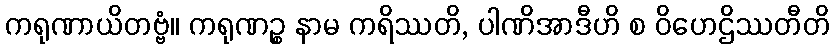
ကရုဏာယိတဗ္ဗံ။ ကရုဏဉ္စ နာမ ကရိဿတိ, ပါဏိအာဒီဟိ စ ဝိဟေဌိဿတီတိ